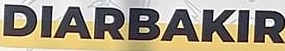
DIARBAKIR